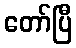
တော်ပြီ